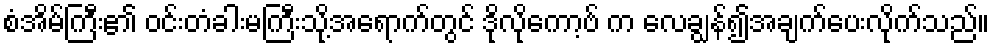
စံအိမ်ကြီး၏ ဝင်းတံခါးမကြီးသို့အရောက်တွင် ဒိုလိုကော့ဗ် က လေချွန်၍အချက်ပေးလိုက်သည်။